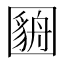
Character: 𫭓